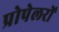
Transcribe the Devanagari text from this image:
प्रोपेलरों